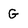
Character: G